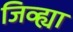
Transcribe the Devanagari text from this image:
जिव्ह्या